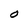
Character: O